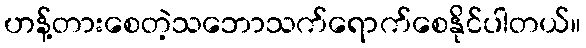
ဟန့်တားစေတဲ့သဘောသက်ရောက်စေနိုင်ပါတယ်။